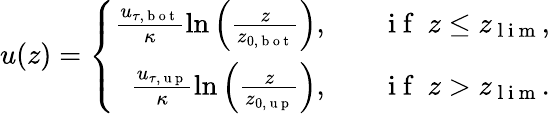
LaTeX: u(z)=\left\{ \begin{array}{rlr}{\frac{u_{\tau,\mathrm{~b~o~t~}}}{\kappa}\ln\left(\frac{z}{z_{0,\mathrm{~b~o~t~}}}\right),}&{{}}&{\mathrm{~i~f~}\ z\leq z_{\mathrm{~l~i~m~}},}\\ {\frac{u_{\tau,\mathrm{~u~p~}}}{\kappa}\ln\left(\frac{z}{z_{0,\mathrm{~u~p~}}}\right),}&{{}}&{\mathrm{~i~f~}\ z>z_{\mathrm{~l~i~m~}}.}\end{array}\right.